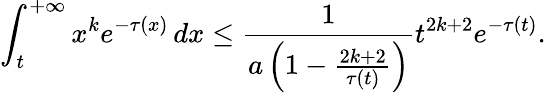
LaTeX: \int_{t}^{+\infty}x^{k}e^{-\tau(x)}\, dx\leq\frac{1}{a\left(1-\frac{2k+2}{\tau(t)}\right)}t^{2k+2}e^{-\tau(t)}.